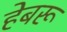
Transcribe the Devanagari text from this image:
हेबरू